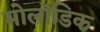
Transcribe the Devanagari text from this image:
मोलॉडिक